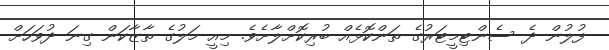
ފުލުން ދެ ސެންޓިމީޓަރުގެ ތަންކޮޅެއް ބުރިކޮށްލާށެވެ. މިއީ މަލުގެ ތާޒާކަން ގިނަ ދުވަހަށް